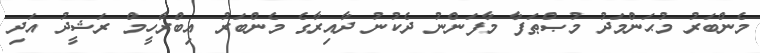
މެންބަރު މުޙަންމަދު މުޞްޠަފާ މާފަންނު ދެކުނު ދާއިރާގެ މެންބަރު އިބްރާހީމް ރަޝީދު އަދި